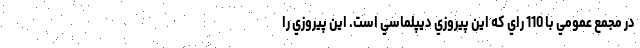
در مجمع عمومي با 110 راي كه اين پيروزي ديپلماسي است. اين پيروزي را